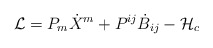
\begin{align*}{\cal L}= P_m\dot{X}^m+P^{ij}\dot{B}_{ij}-{\cal H}_c\end{align*}